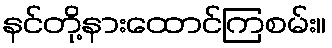
နင်တို့နားထောင်ကြစမ်း။